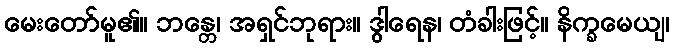
မေးတော်မူ၏။ ဘန္တေ၊ အရှင်ဘုရား။ ဒွါရေန၊ တံခါးဖြင့်။ နိက္ခမေယျ၊